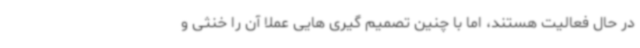
در حال فعالیت هستند، اما با چنین تصمیم گیری هایی عملا آن را خنثی و